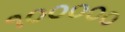
૧૦૦૦૦૦